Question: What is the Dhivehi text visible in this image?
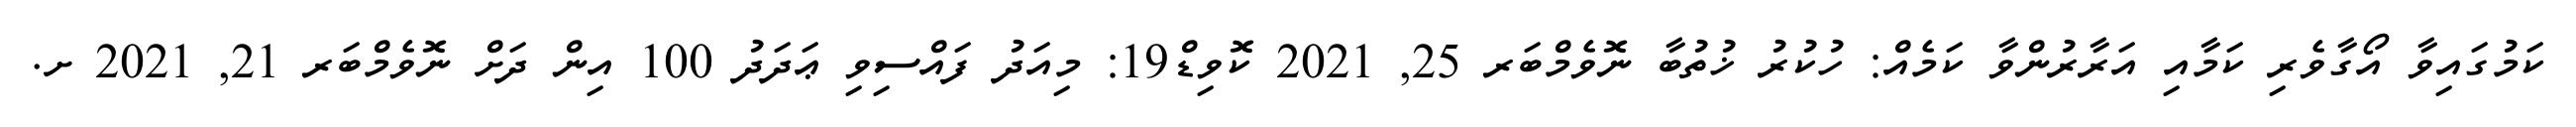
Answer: ކަމުގައިވާ އޯގާވެރި ކަމާއި އަރާރުންވާ ކަމެއް: ހުކުރު ޚުތުބާ ނޮވެމްބަރ 25, 2021 ކޮވިޑް19: މިއަދު ފައްސިވި ޢަދަދު 100 އިން ދަށް ނޮވެމްބަރ 21, 2021 ށ.